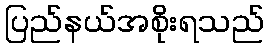
ပြည်နယ်အစိုးရသည်